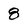
Character: 8